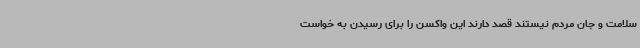
سلامت و جان مردم نیستند قصد دارند این واکسن را برای رسیدن به خواست